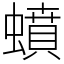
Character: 蟦